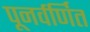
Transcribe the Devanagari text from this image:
पूनर्वर्णित